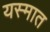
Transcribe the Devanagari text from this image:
यस्मात